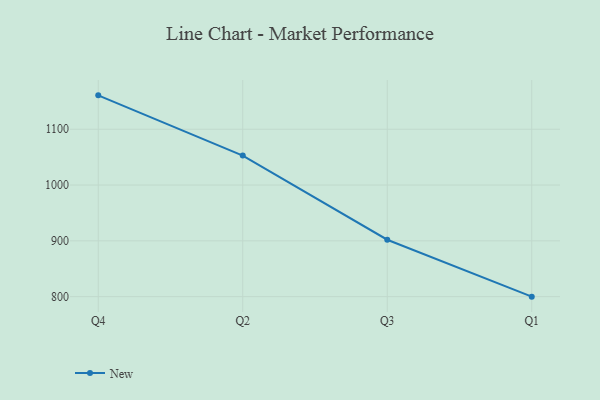
{"axis": {"x": "Quarter", "y": "Customer Acquisition Cost (USD)"}, "legend": ["New"], "data": [{"x": "Q4", "y": 1160.7, "type": "New"}, {"x": "Q2", "y": 1052.7, "type": "New"}, {"x": "Q3", "y": 902.0, "type": "New"}, {"x": "Q1", "y": 800, "type": "New"}]}